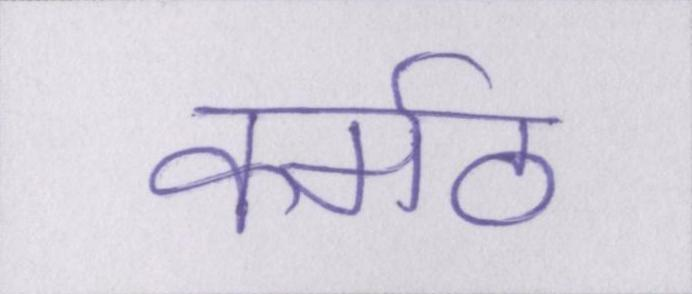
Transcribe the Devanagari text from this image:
कर्मठ